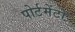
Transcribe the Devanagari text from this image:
पोर्टमेंटो